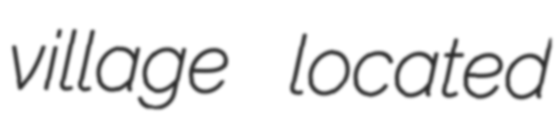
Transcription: village located